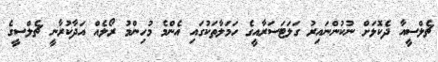
ޗެލްސީއާ ދެކޮޅަށް ނުކުންނައިރު ގަލަޓަސަރާއީގެ ހަމަލާތަކުގައި އެންމެ މުހިންމު ރޯލެއް އަދާކުރާނީ ޗެލްސީގެ